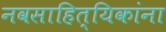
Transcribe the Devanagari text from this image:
नवसाहित्यिकांना